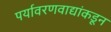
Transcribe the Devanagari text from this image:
पर्यावरणवाद्यांकडून